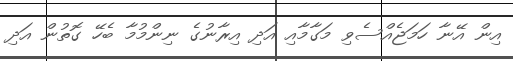
އިން އޭނާ ހަމަޖެއްސެވި މަގާމާއި އަދި އިރާނުގެ ނިންމުމާ ބެހޭ ގޮތުން އަދި